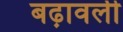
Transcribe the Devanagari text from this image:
बढ़ावली